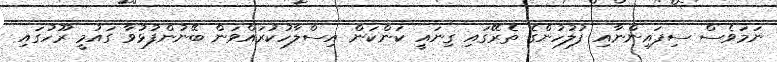
ނަމަވެސް ސިފައިންނާއި ފުލުހުންގެ ތެރޭގައި ގިނައީ ކަންކަން އިސްލާހުކުރައްވަން ބޭނުންފުޅުވާ ގައުމީ ރޫހުގައި